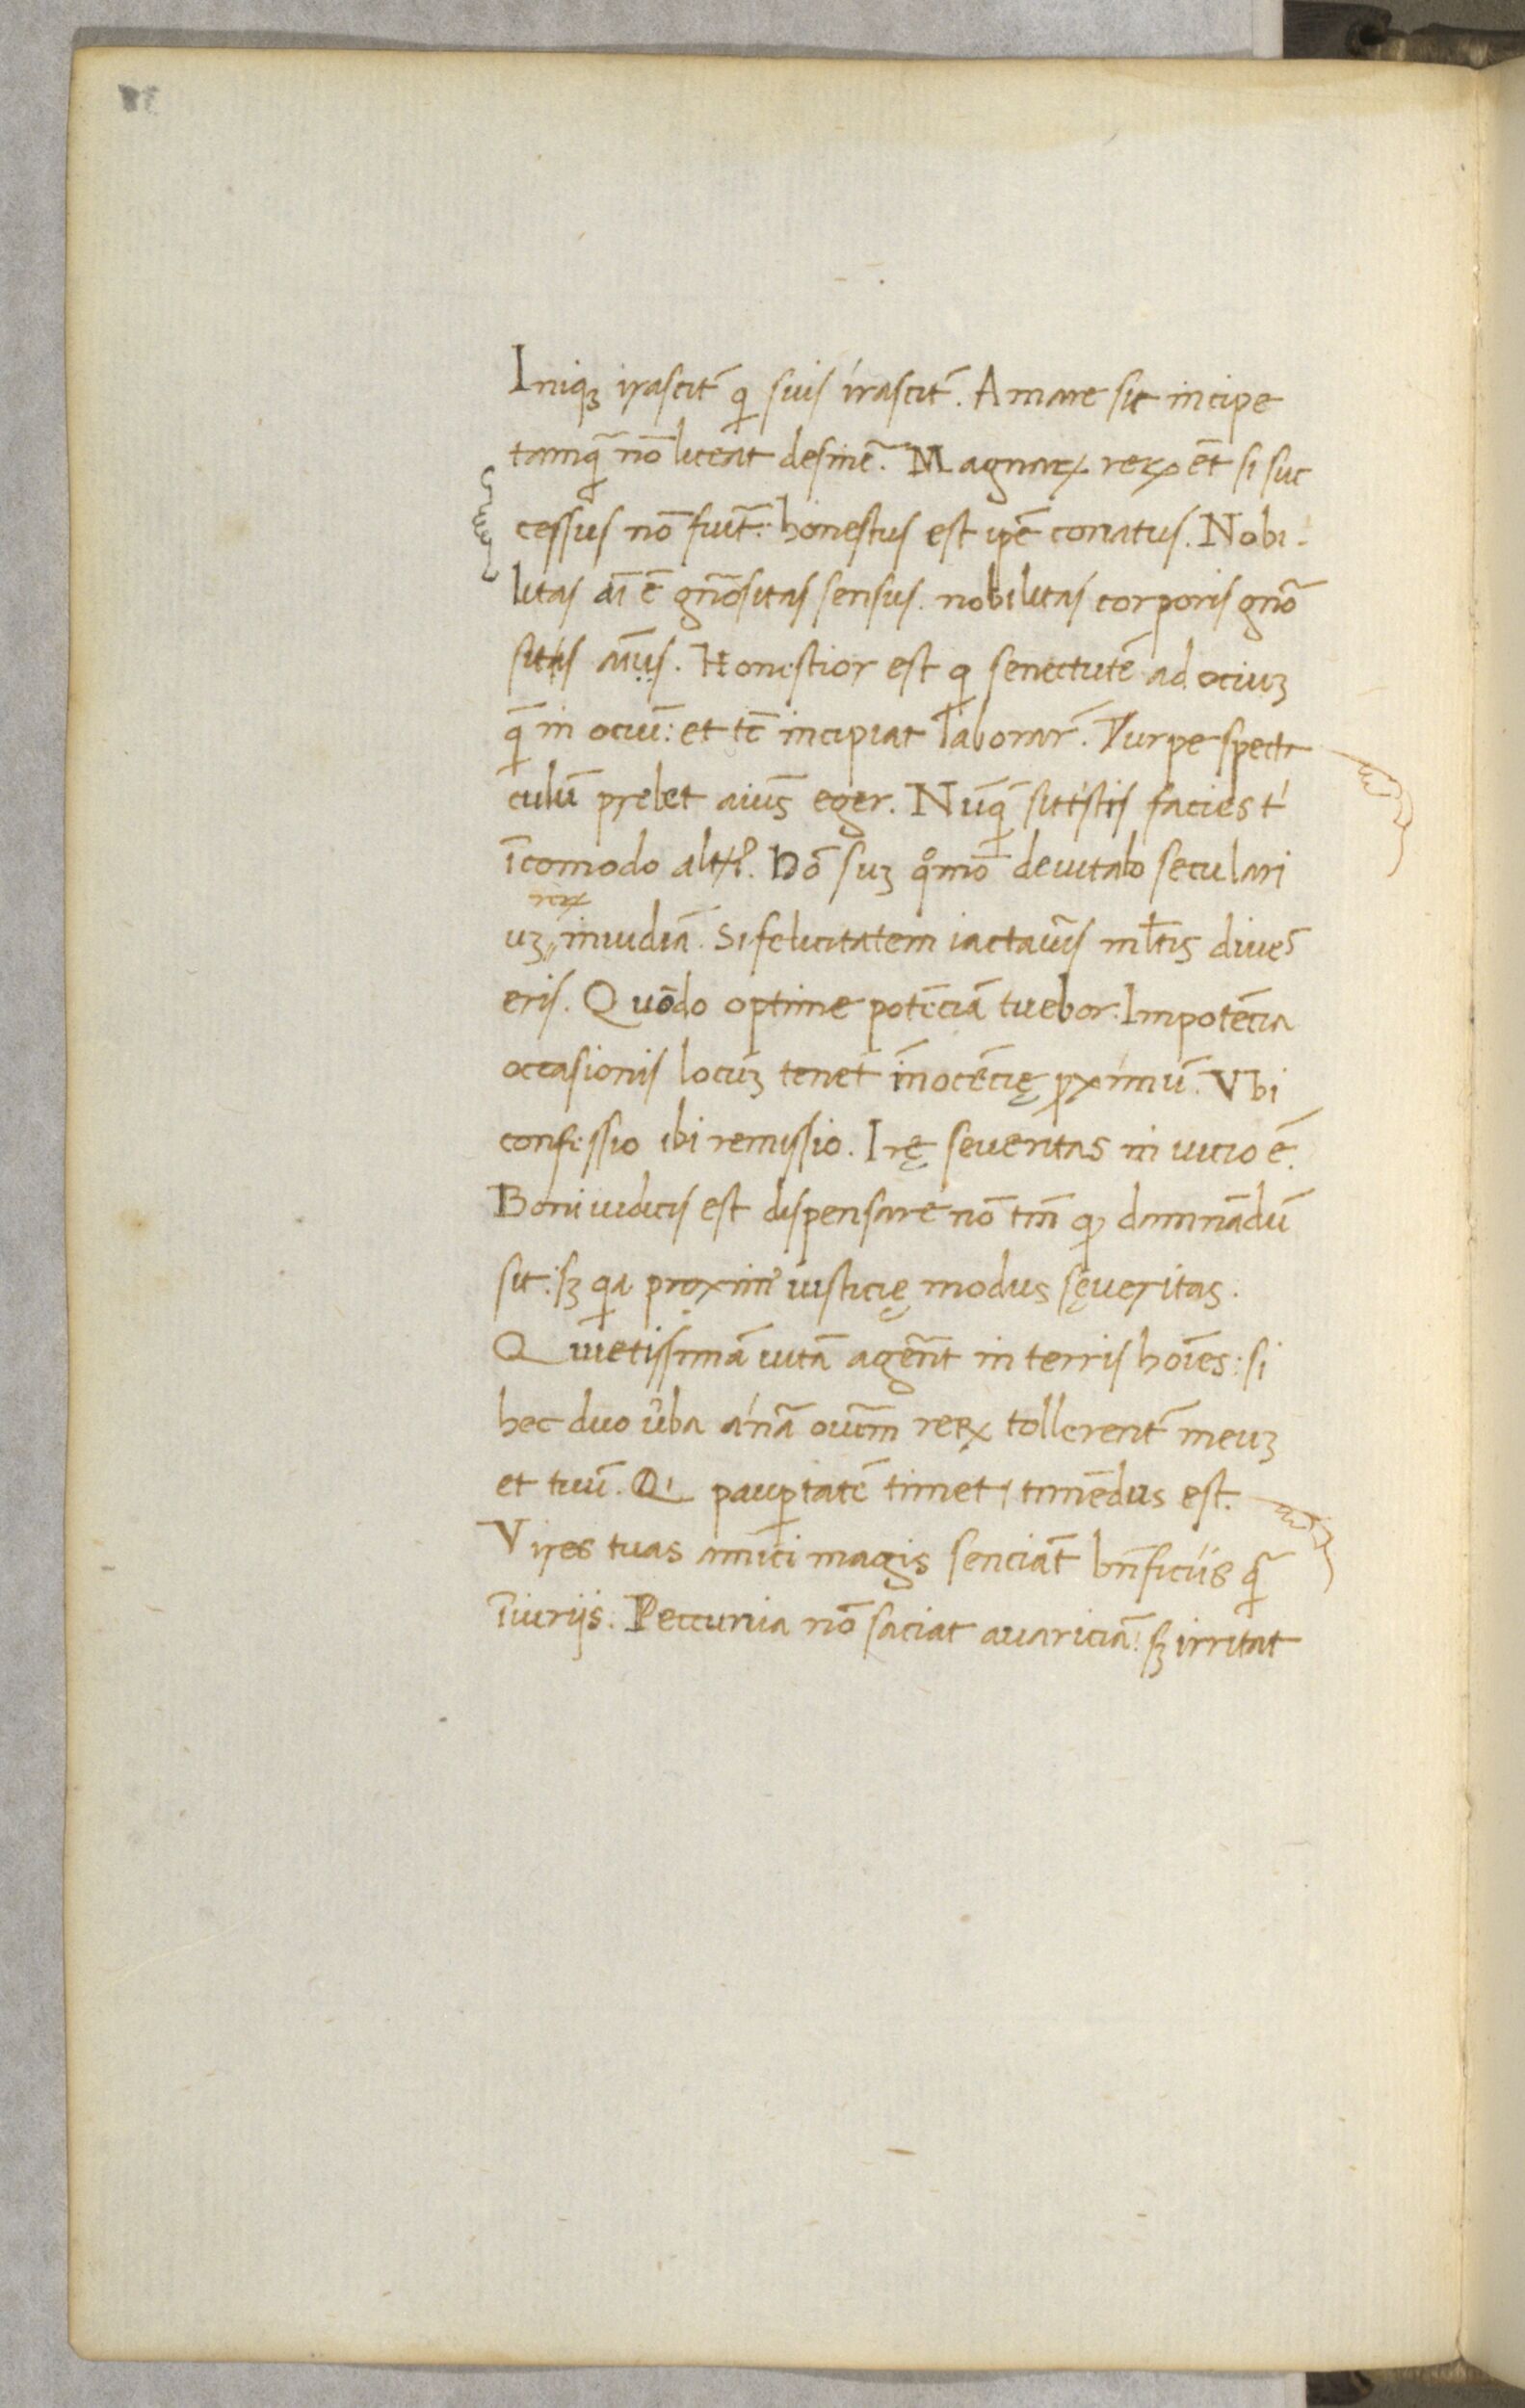
Shelfmark: Paris, BnF, NAL 632
Century: 15